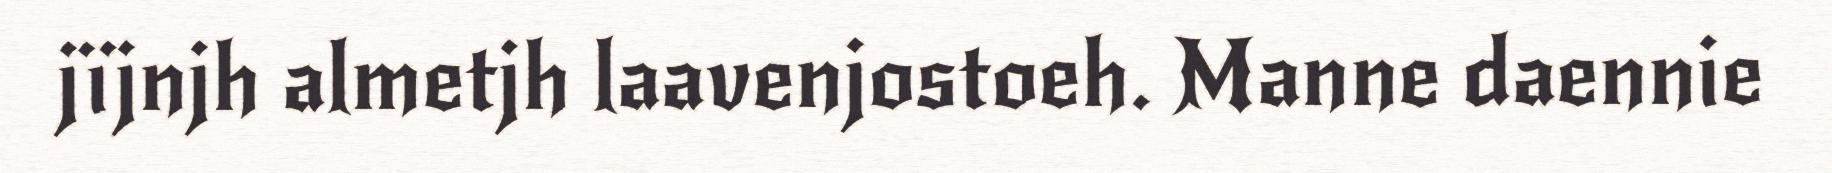
jïjnjh almetjh laavenjostoeh. Manne daennie